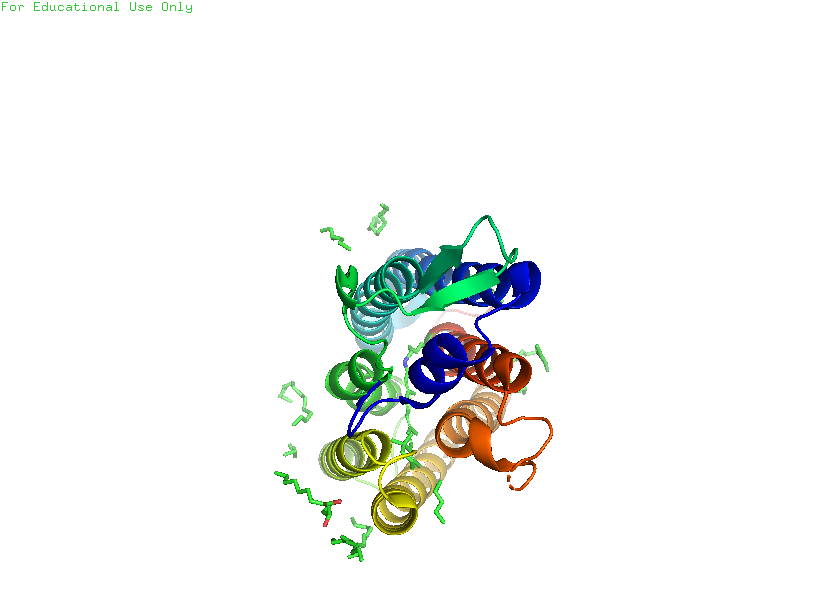
pymol, preset, pretty